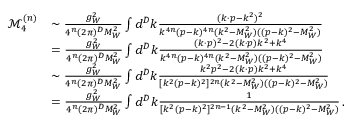
\begin{array} { r l } { \mathcal { M } _ { 4 } ^ { ( n ) } } & { \sim \frac { g _ { W } ^ { 2 } } { 4 ^ { n } ( 2 \pi ) ^ { D } M _ { W } ^ { 2 } } \int d ^ { D } k \frac { ( k \cdot p - k ^ { 2 } ) ^ { 2 } } { k ^ { 4 n } ( p - k ) ^ { 4 n } ( k ^ { 2 } - M _ { W } ^ { 2 } ) ( ( p - k ) ^ { 2 } - M _ { W } ^ { 2 } ) } } \\ & { = \frac { g _ { W } ^ { 2 } } { 4 ^ { n } ( 2 \pi ) ^ { D } M _ { W } ^ { 2 } } \int d ^ { D } k \frac { ( k \cdot p ) ^ { 2 } - 2 ( k \cdot p ) k ^ { 2 } + k ^ { 4 } } { k ^ { 4 n } ( p - k ) ^ { 4 n } ( k ^ { 2 } - M _ { W } ^ { 2 } ) ( ( p - k ) ^ { 2 } - M _ { W } ^ { 2 } ) } } \\ & { \sim \frac { g _ { W } ^ { 2 } } { 4 ^ { n } ( 2 \pi ) ^ { D } M _ { W } ^ { 2 } } \int d ^ { D } k \frac { k ^ { 2 } p ^ { 2 } - 2 ( k \cdot p ) k ^ { 2 } + k ^ { 4 } } { [ k ^ { 2 } ( p - k ) ^ { 2 } ] ^ { 2 n } ( k ^ { 2 } - M _ { W } ^ { 2 } ) ( ( p - k ) ^ { 2 } - M _ { W } ^ { 2 } ) } } \\ & { = \frac { g _ { W } ^ { 2 } } { 4 ^ { n } ( 2 \pi ) ^ { D } M _ { W } ^ { 2 } } \int d ^ { D } k \frac { 1 } { [ k ^ { 2 } ( p - k ) ^ { 2 } ] ^ { 2 n - 1 } ( k ^ { 2 } - M _ { W } ^ { 2 } ) ( ( p - k ) ^ { 2 } - M _ { W } ^ { 2 } ) } \, . } \end{array}